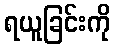
ရယူခြင်းကို